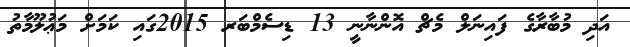
އަދި މުބާރާގެ ފައިނަލް މެޗް އޮންނާނީ 13 ޑިސެމްބަރ 2015ގައި ކަމަށް މަޢުލޫމާތު